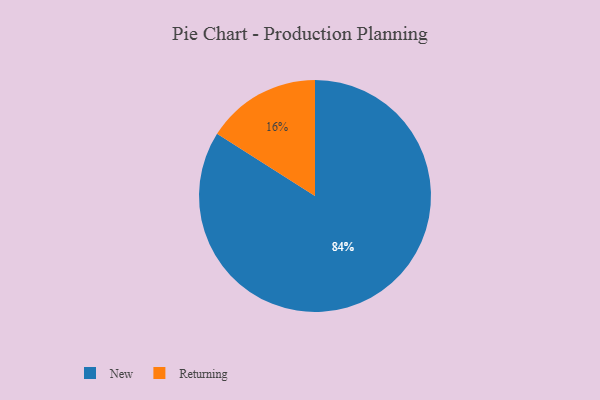
{"axis": {"x": "Category", "y": "Percentage"}, "legend": ["New", "Returning"], "data": [{"x": "Returning", "y": 16, "type": "Returning"}, {"x": "New", "y": 84, "type": "New"}]}